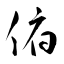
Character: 俯